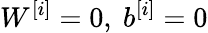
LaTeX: W^{[i]}=0,\ b^{[i]}=0